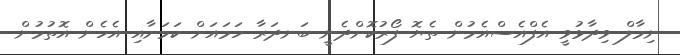
ނިމާލް ވިދާޅުވީ އެފްއެސްއެމުން ތެޔޮ ފޯރުކޮށްދެނީ ބަނދަރާ ހަމައަށް ކަމަށާއި އެހެން އޮތުމުން